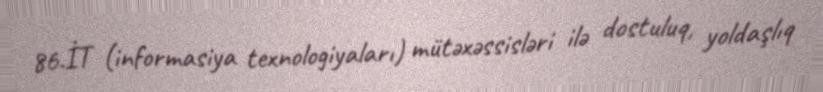
86.İT (informasiya texnologiyaları) mütəxəssisləri ilə dostuluq, yoldaşlıq